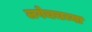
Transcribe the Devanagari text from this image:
लगेचचच्या